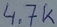
Text: 4.7K